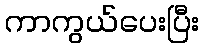
ကာကွယ်ပေးပြီး